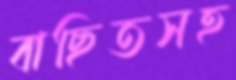
বাছিতসহ